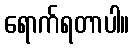
ရောက်ရတာပါ။